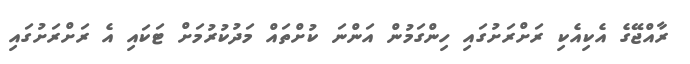
ރާއްޖޭގެ އެކިއެކި ރަށްރަށުގައި ހިންގަމުން އަންނަ ކުށްތައް މަދުކުރުމަށް ޓަކައި އެ ރަށްރަށުގައި